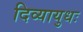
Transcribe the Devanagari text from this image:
दिव्यायुधः